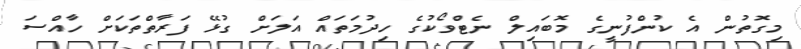
މިގޮތުން އެ ކުންފުނީގެ މޮބައިލް ނެޓްވޯކުގެ ހިދުމަތައް އަލަށް ގުޅޭ ފަރާތްތަކަށް ހާއްސަ